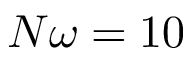
N \omega = 1 0